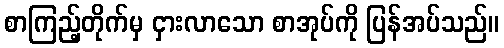
စာကြည့်တိုက်မှ ငှားလာသော စာအုပ်ကို ပြန်အပ်သည်။